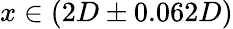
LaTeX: x\in(2D\pm 0.062D)